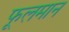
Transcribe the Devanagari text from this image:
फूलमान